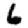
Digit: 6